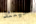
حينئذ